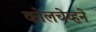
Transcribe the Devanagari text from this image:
कोलचेव्हने